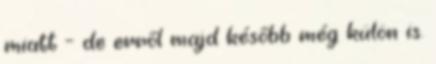
miatt – de erről majd később még külön is.